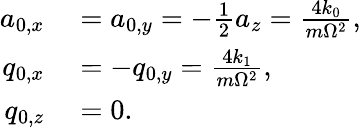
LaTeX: \begin{array}{rl}{a_{0,x}}&{{}=a_{0,y}=-\frac{1}{2}a_{z}=\frac{4k_{0}}{m\Omega^{2}},}\\ {q_{0,x}}&{{}=-q_{0,y}=\frac{4k_{1}}{m\Omega^{2}},}\\ {q_{0,z}}&{{}=0.}\end{array}